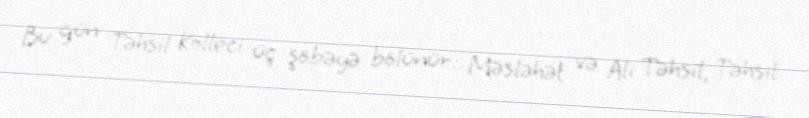
Bu gün Təhsil Kolleci üç şöbəyə bölünür: Məsləhət və Ali Təhsil, Təhsil